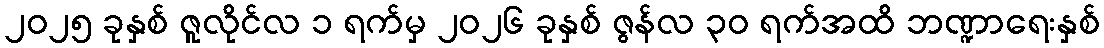
၂၀၂၅ ခုနှစ် ဇူလိုင်လ ၁ ရက်မှ ၂၀၂၆ ခုနှစ် ဇွန်လ ၃၀ ရက်အထိ ဘဏ္ဍာရေးနှစ်